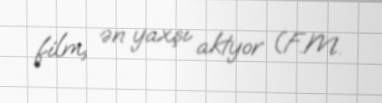
film, ən yaxşı aktyor (F.M.